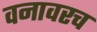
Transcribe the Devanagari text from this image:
वनावरच